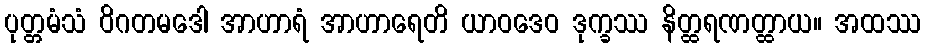
ပုတ္တမံသံ ဝိဂတမဒေါ အာဟာရံ အာဟာရေတိ ယာဝဒေဝ ဒုက္ခဿ နိတ္ထရဏတ္ထာယ။ အထဿ